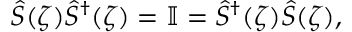
\begin{array} { r } { \hat { S } ( \zeta ) \hat { S } ^ { \dag } ( \zeta ) = \mathbb { I } = \hat { S } ^ { \dagger } ( \zeta ) \hat { S } ( \zeta ) , } \end{array}